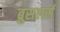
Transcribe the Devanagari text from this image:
ब्रुसलर्स